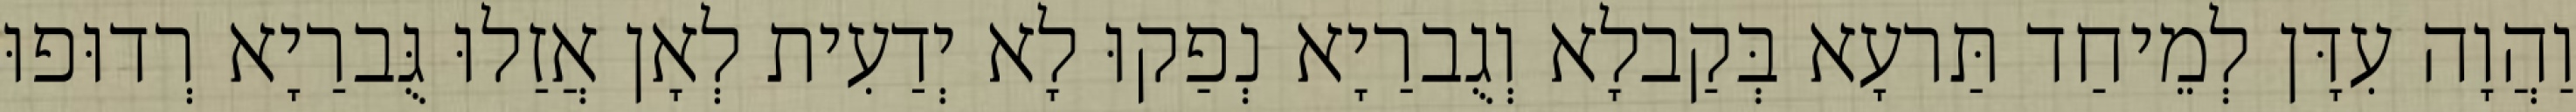
וַהֲוָה עִדָּן לְמֵיחַד תַּרעָא בְּקַבלָא וְגֻברַיָא נְפַקוּ לָא יְדַעִית לְאָן אֲזַלוּ גֻּברַיָא רְדוּפוּ